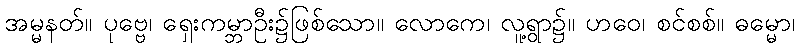
အမ္မနတ်။ ပုဗ္ဗေ၊ ရှေးကမ္ဘာဦး၌ဖြစ်သော။ လောကေ၊ လူ့ရွာ၌။ ဟဝေ၊ စင်စစ်။ ဓမ္မော၊